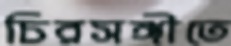
চিরসঙ্গীতে